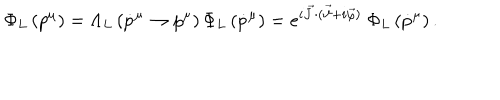
\Phi _ { L } \left( p ^ { \mu } \right) = \Lambda _ { L } \left( \dot { p } ^ { \mu } \to p ^ { \mu } \right) \Phi _ { L } \left( \dot { p } ^ { \mu } \right) = e ^ { i \vec { J } \cdot ( \vec { \vartheta } + i \vec { \varphi } ) } ~ \Phi _ { L } \left( \dot { p } ^ { \mu } \right) .